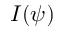
I ( \psi )